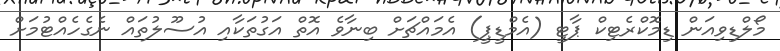
މޯލްޑިވިއަން ޑިމޮކްރެޓިކް ޕާޓީ (އެމްޑީޕީ) އެމައްޗަށް ބިނާވެ އޮތް އަގުތަކާއި އުސޫލުތައް ނެގެހެއްޓުމަށް